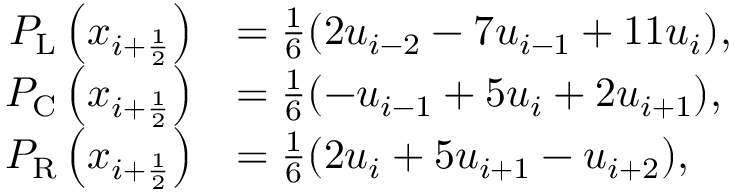
\begin{array} { r l } { P _ { \mathrm { L } } \left( x _ { i + \ensuremath { { \frac { 1 } { 2 } } } } \right) } & { = \frac { 1 } { 6 } ( 2 u _ { i - 2 } - 7 u _ { i - 1 } + 1 1 u _ { i } ) , } \\ { P _ { \mathrm { C } } \left( x _ { i + \ensuremath { { \frac { 1 } { 2 } } } } \right) } & { = \frac { 1 } { 6 } ( - u _ { i - 1 } + 5 u _ { i } + 2 u _ { i + 1 } ) , } \\ { P _ { \mathrm { R } } \left( x _ { i + \ensuremath { { \frac { 1 } { 2 } } } } \right) } & { = \frac { 1 } { 6 } ( 2 u _ { i } + 5 u _ { i + 1 } - u _ { i + 2 } ) , } \end{array}